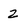
Character: 2